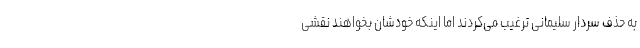
به حذف سردار سلیمانی ترغیب می‌کردند اما اینکه خودشان بخواهند نقشی